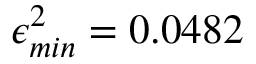
\epsilon _ { m i n } ^ { 2 } = 0 . 0 4 8 2